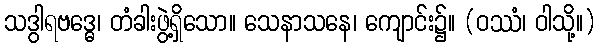
သဒွါရဗဒ္ဓေ၊ တံခါးဖွဲ့ရှိသော။ သေနာသနေ၊ ကျောင်း၌။ (ဝဿံ၊ ဝါသို့။)